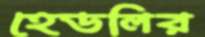
হেডলির